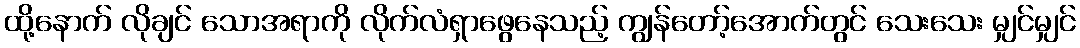
ထို့နောက် လိုချင် သောအရာကို လိုက်လံရှာဖွေနေသည့် ကျွန်တော့်အောက်တွင် သေးသေး မျှင်မျှင်